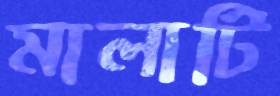
মালাটি